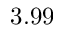
3 . 9 9